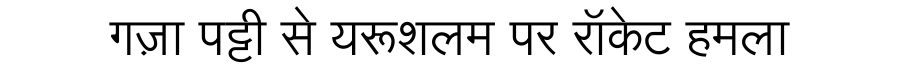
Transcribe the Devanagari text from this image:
गज़ा पट्टी से यरूशलम पर रॉकेट हमला